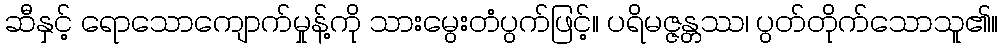
ဆီနှင့် ရောသောကျောက်မှုန့်ကို သားမွေးတံပွက်ဖြင့်။ ပရိမဇ္ဇန္တဿ၊ ပွတ်တိုက်သောသူ၏။